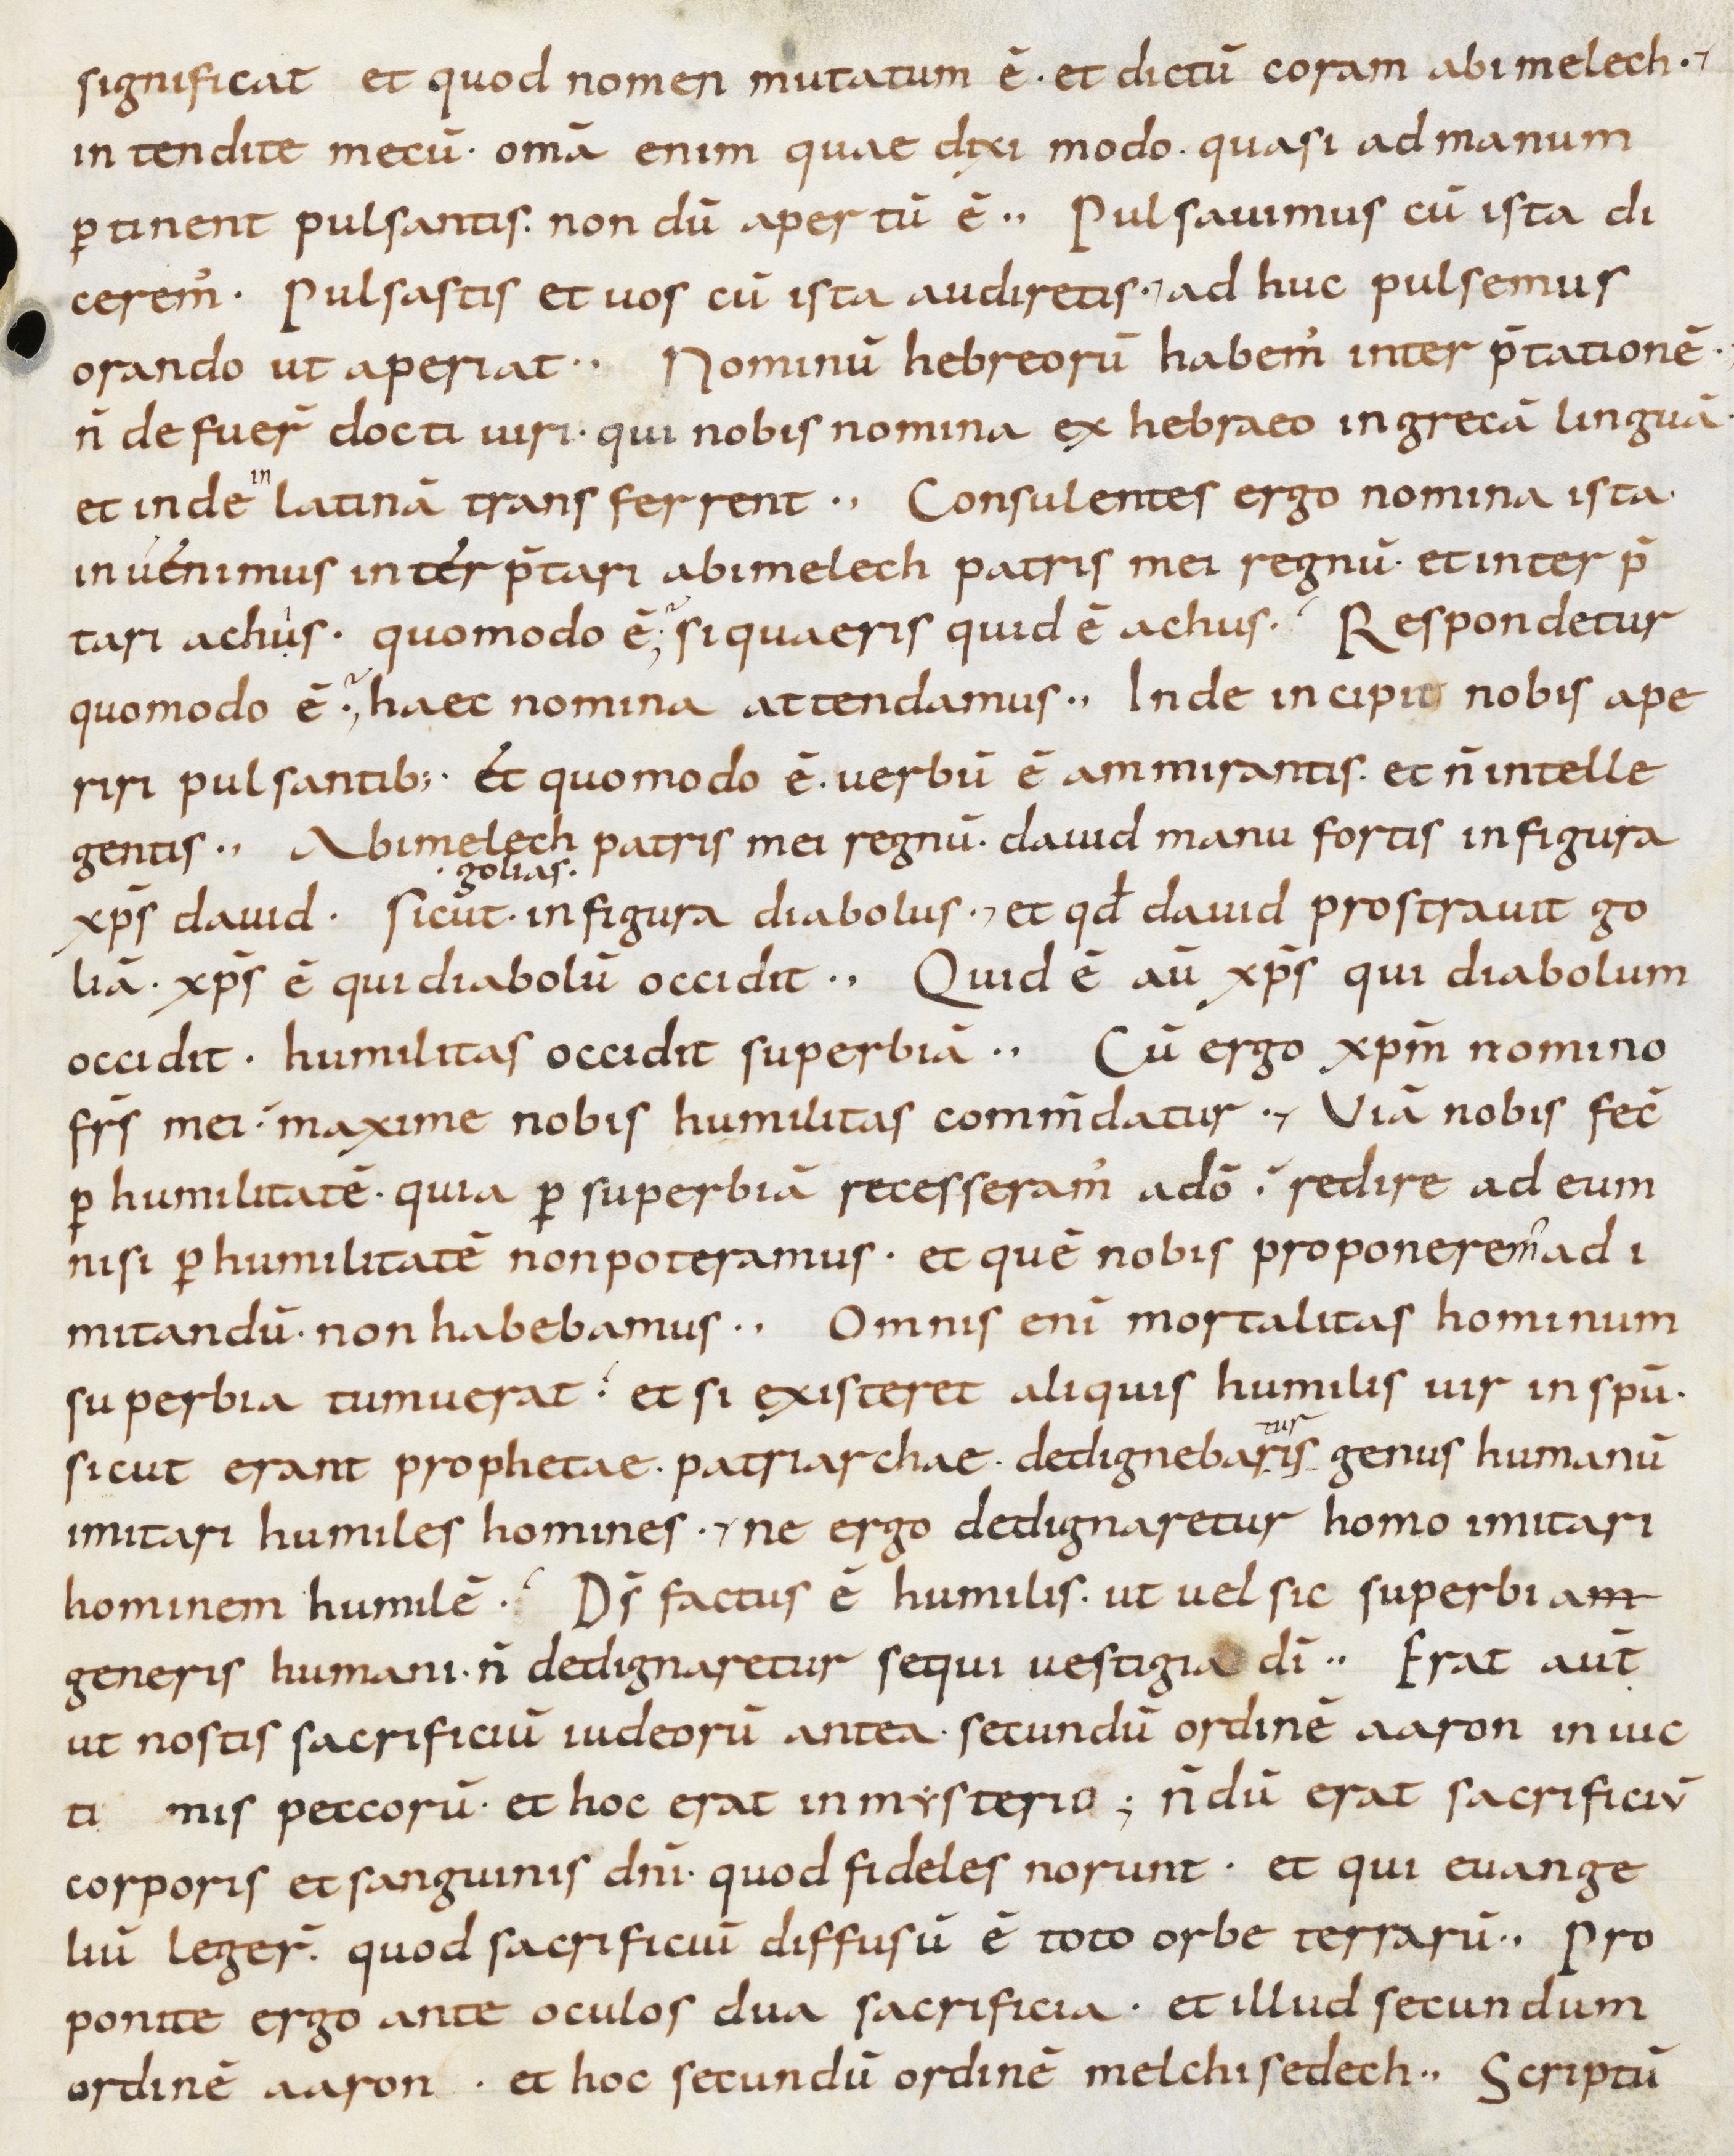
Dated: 800–899